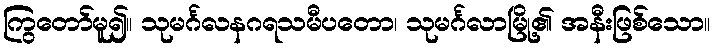
ကြွတော်မူ၍။ သုမင်္ဂလနဂရသမီပတော၊ သုမင်္ဂလာမြို့၏ အနီးဖြစ်သော။